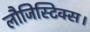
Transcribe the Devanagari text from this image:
लौजिस्टिक्स।